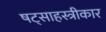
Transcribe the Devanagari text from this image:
षट्साहस्त्रीकार